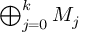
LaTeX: \textstyle \bigoplus _ { j = 0 } ^ { k } M _ { j }